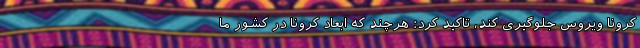
کرونا ویروس جلوگیری کند، تاکید کرد: هرچند که ابعاد کرونا در کشور ما